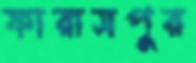
ফারাসপুর